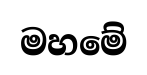
මහමේ